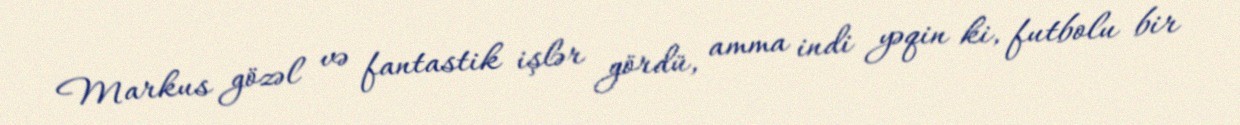
Markus gözəl və fantastik işlər gördü, amma indi yəqin ki, futbolu bir